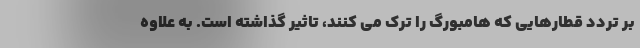
بر تردد قطارهایی که هامبورگ را ترک می کنند، تاثیر گذاشته است. به علاوه